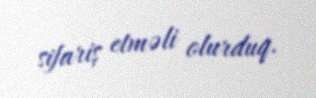
sifariş etməli olurduq.